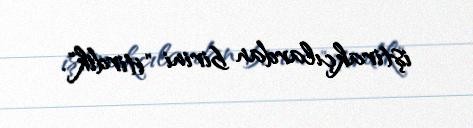
iştirakçılardan birini "itirdik".